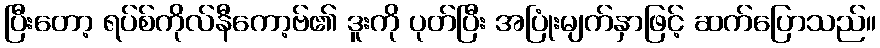
ပြီးတော့ ရပ်စ်ကိုလ်နီကော့ဗ်၏ ဒူးကို ပုတ်ပြီး အပြုံးမျက်နှာဖြင့် ဆက်ပြောသည်။